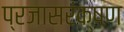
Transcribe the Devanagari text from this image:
प्रजासरंक्षण